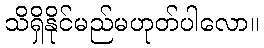
သိရှိနိုင်မည်မဟုတ်ပါလော။